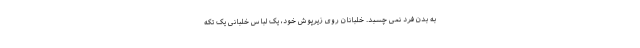
به بدن فرد نمی چسبد. خلبانان روی زیرپوش خود، یک لباس خلبانی یک تکه